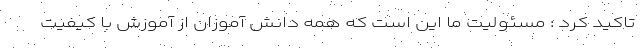
تاکید کرد : مسئولیت ما این است که همه دانش آموزان از آموزش با کیفیت